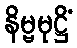
နိမ္ဗမုဋ္ဌိံ